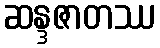
ဆန္ဒဇာတဿ